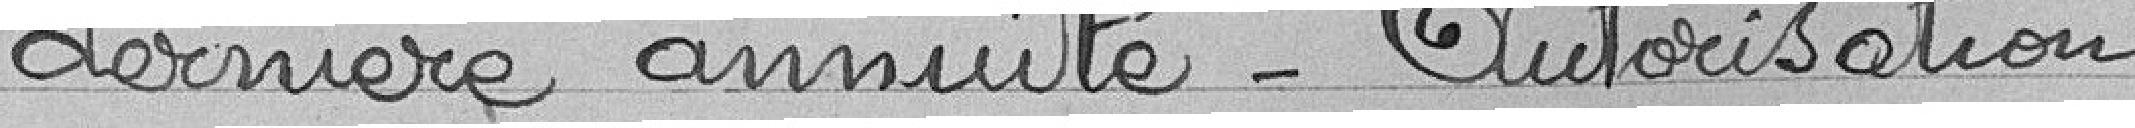
dernière annuité - Autorisation